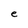
Character: e